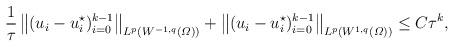
LaTeX: \begin{align*}\frac1\tau\, \big\|(u_i - u_i^\star)_{i=0}^{k-1}\big\|_{ L^p (W^{-1,q}(\varOmega) )}+\big\|( u_i - u_i^\star)_{i=0}^{k-1}\big\|_{ L^p (W^{1,q}(\varOmega) )} \le C\tau^k,\end{align*}